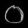
Digit: ၀